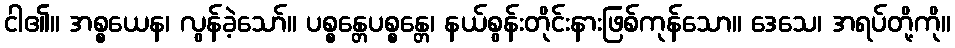
ငါ၏။ အစ္စယေန၊ လွန်ခဲ့သော်။ ပစ္စန္တေပစ္စန္တေ၊ နယ်စွန်းတိုင်းနားဖြစ်ကုန်သော။ ဒေသေ၊ အရပ်တို့ကို။